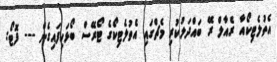
އެތުލެޓިކޯއާ ރެއާލް ރޭ ބައްދަލުކުރި މެޗްގައި އެތުލެޓިކޯގެ ޓޯރޭސް ބޯޅަހިފައިގެން --- ފޮޓޯ: